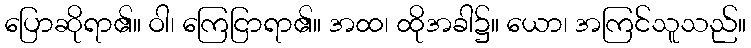
ပြောဆိုရာ၏။ ဝါ၊ ကြေငြာရာ၏။ အထ၊ ထိုအခါ၌။ ယော၊ အကြင်သူသည်။